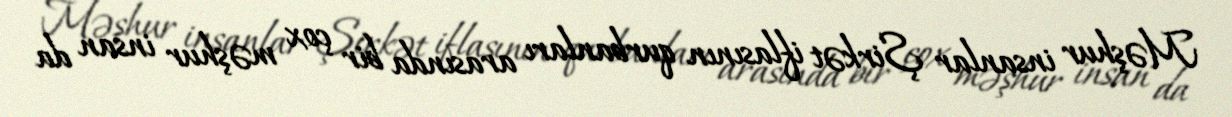
Məşhur insanlar Şirkət iflasının qurbanları arasında bir çox məşhur insan da